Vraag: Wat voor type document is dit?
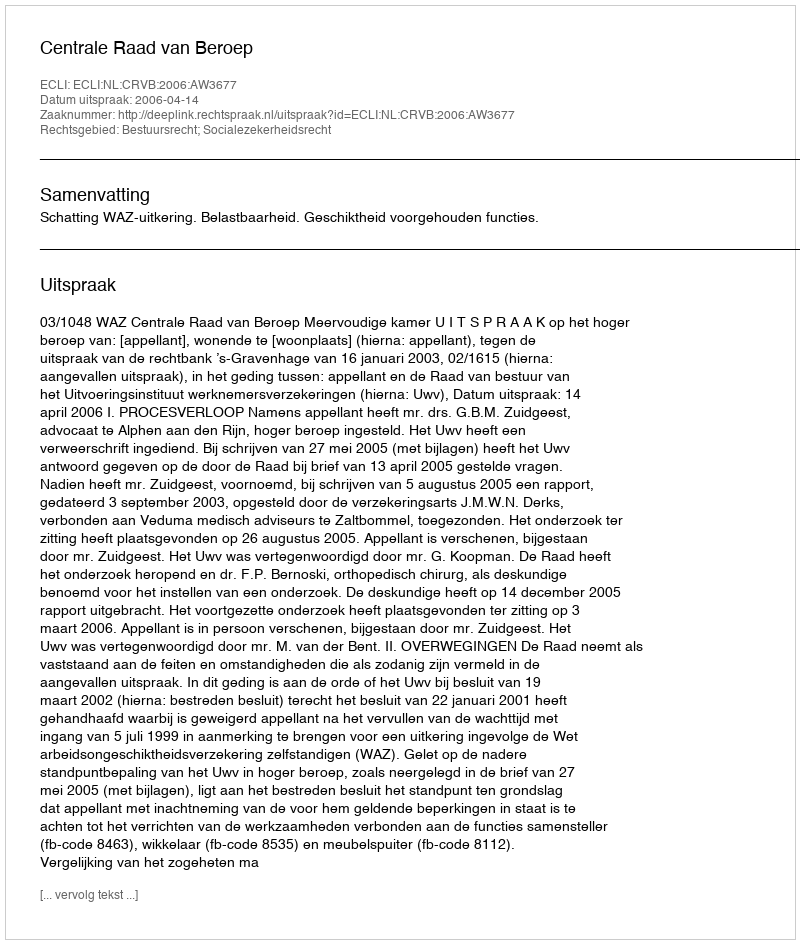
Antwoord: Uitspraak